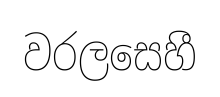
වරලසෙහී